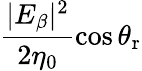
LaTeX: \frac{|E_{\beta}|^{2}}{2\eta_{0}}\cos\theta_{\mathrm{r}}